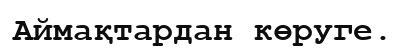
Аймақтардан көруге.